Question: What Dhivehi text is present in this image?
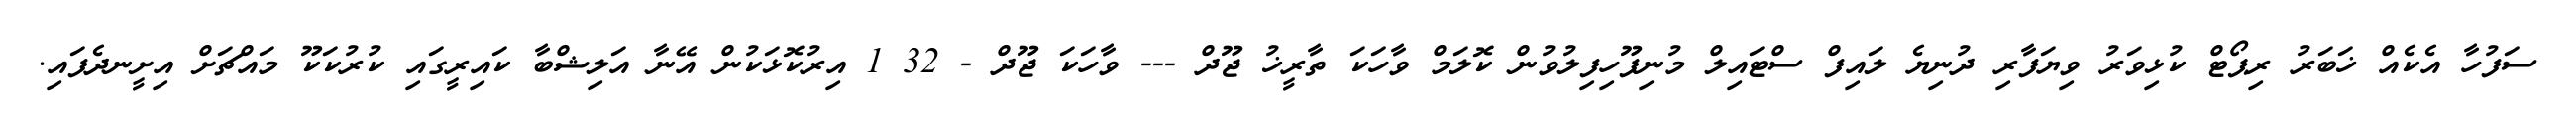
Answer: ސަފުހާ އެކެއް ޚަބަރު ރިޕޯޓް ކުޅިވަރު ވިޔަފާރި ދުނިޔެ ލައިފް ސްޓައިލް މުނިފޫހިފިލުވުން ކޮލަމް ވާހަކަ ތާރީޚު ޖޫދް --- ވާހަކަ ޖޫދް - 32 1 އިރުކޮޅަކުން އޭނާ އަލިޝްބާ ކައިރީގައި ކުރުކަކޫ މައްޗަށް އިށީނދެފައި.